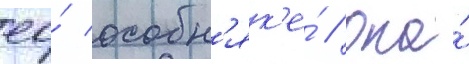
ео́ особн'як'е́ // Она́